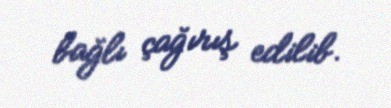
bağlı çağırış edilib.